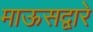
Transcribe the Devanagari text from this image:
माऊसद्वारे